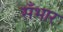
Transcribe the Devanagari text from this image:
सँभार